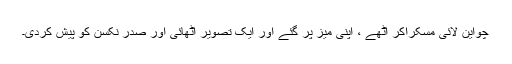
چواین لائی مسکراکر اٹھے ، اپنی میز پر گئے اور ایک تصویر اٹھائی اور صدر نکسن کو پیش کردی۔